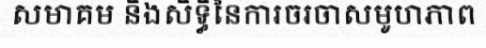
សមាគម និងសិទ្ធិនៃការចរចាសមូហភាព